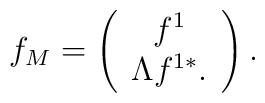
f_M=\left(\begin{array}{c}f^1\\\Lambda f^{1*}.\end{array}\right).